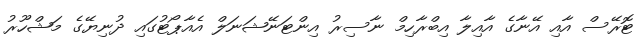
ޓޮރޭސް އާއި އޭނާގެ އާއިލާ އިބްރާހިމް ނާސިރު އިންޓަނޭޝަނަލް އެއާޕޯޓުގައި ދުނިޔޭގެ މަޝްހޫރު